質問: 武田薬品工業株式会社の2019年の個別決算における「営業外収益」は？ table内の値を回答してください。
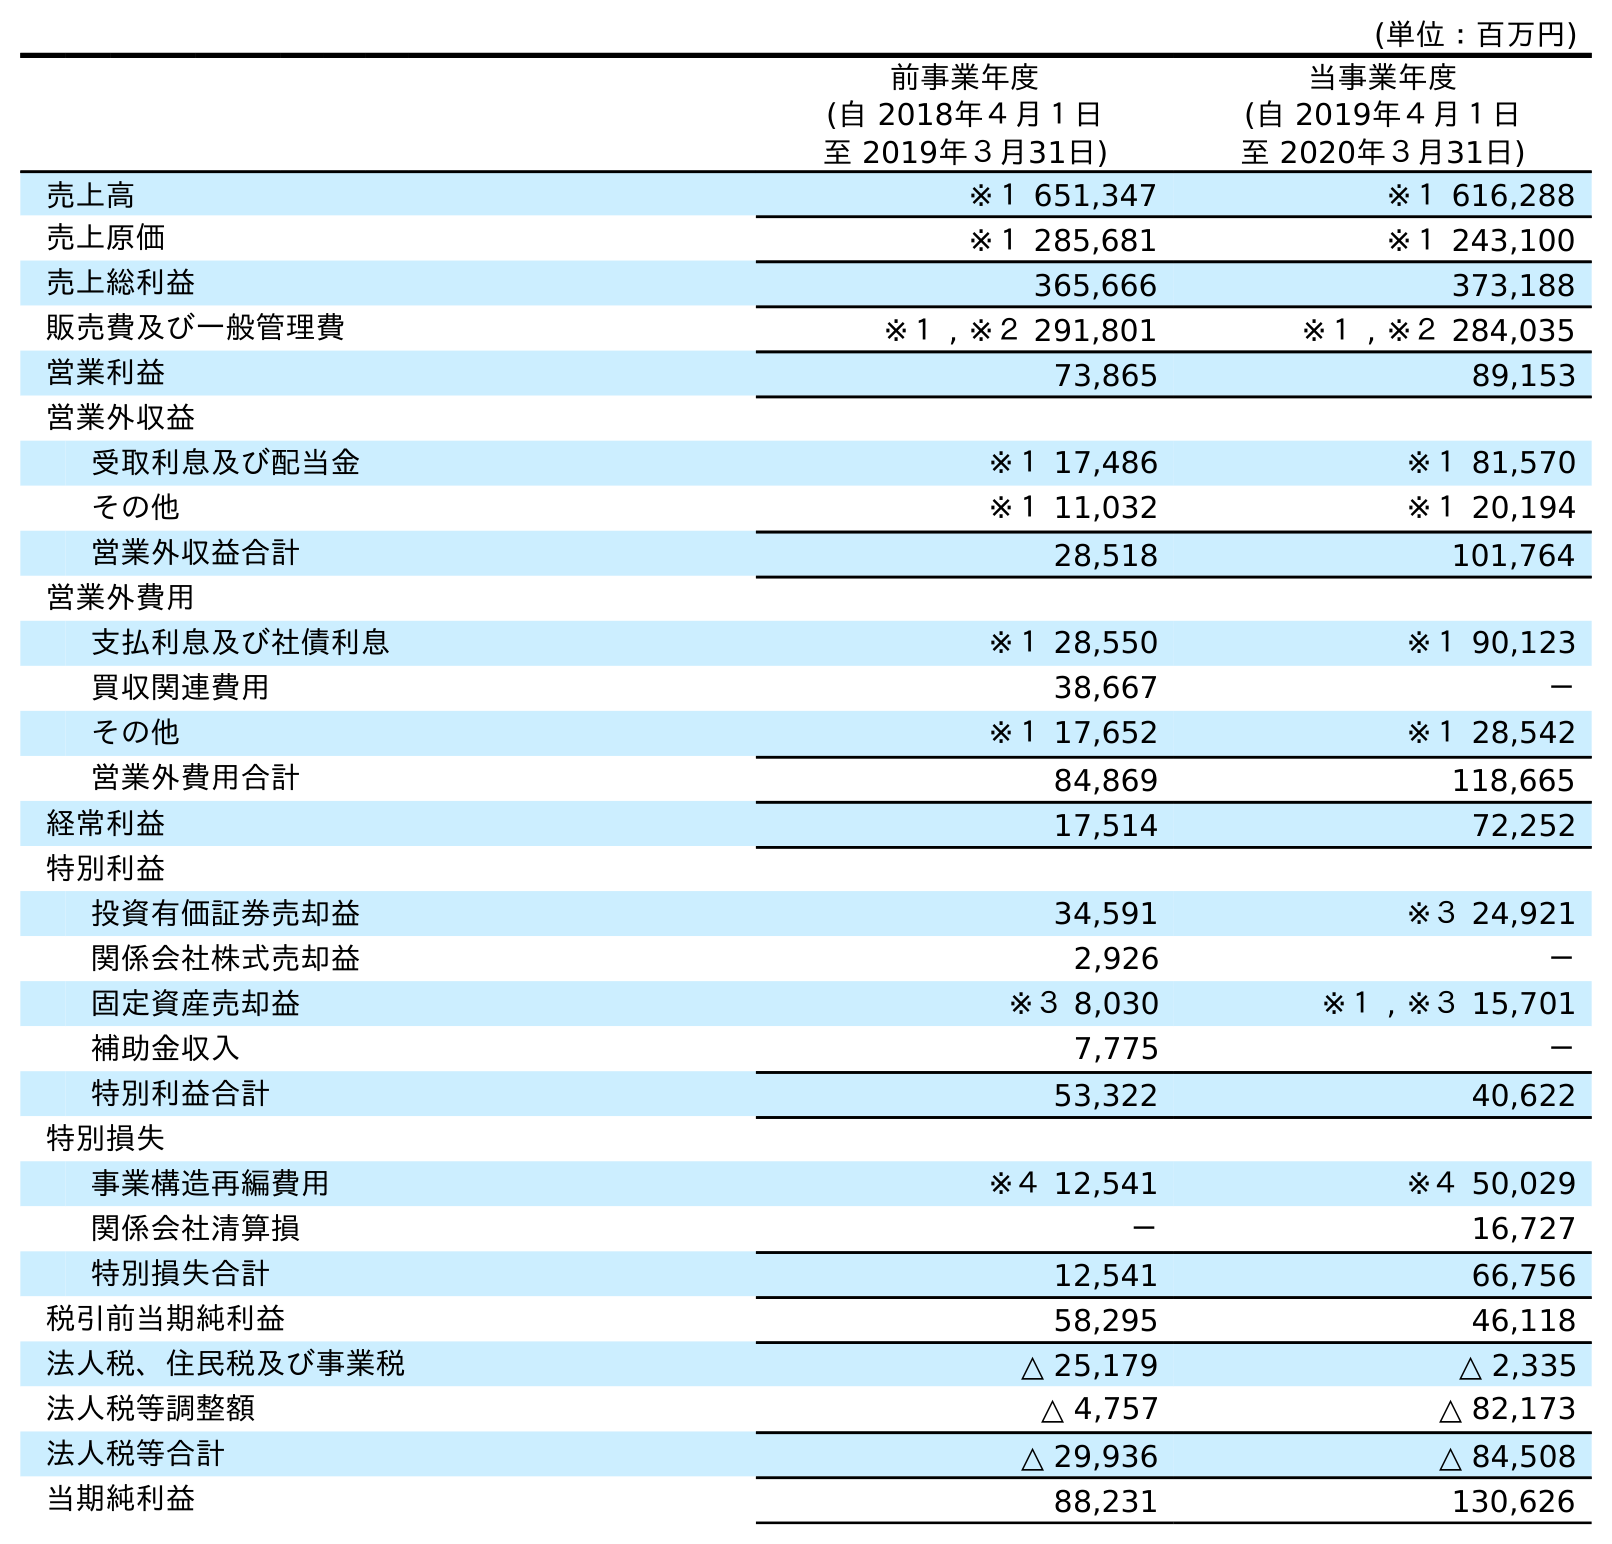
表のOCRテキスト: (単位：百万円) 前事業年度 (自 2018年４月１日 至 2019年３月31日) 当事業年度 (自 2019年４月１日 至 2020年３月31日) 売上高 ※１ 651,347 ※１ 616,288 売上原価 ※１ 285,681 ※１ 243,100 売上総利益 365,666 373,188 販売費及び一般管理費 ※１ , ※２ 291,801 ※１ , ※２ 284,035 営業利益 73,865 89,153 営業外収益 受取利息及び配当金 ※１ 17,486 ※１ 81,570 その他 ※１ 11,032 ※１ 20,194 営業外収益合計 28,518 101,764 営業外費用 支払利息及び社債利息 ※１ 28,550 ※１ 90,123 買収関連費用 38,667 － その他 ※１ 17,652 ※１ 28,542 営業外費用合計 84,869 118,665 経常利益 17,514 72,252 特別利益 投資有価証券売却益 34,591 ※３ 24,921 関係会社株式売却益 2,926 － 固定資産売却益 ※３ 8,030 ※１ , ※３ 15,701 補助金収入 7,775 － 特別利益合計 53,322 40,622 特別損失 事業構造再編費用 ※４ 12,541 ※４ 50,029 関係会社清算損 － 16,727 特別損失合計 12,541 66,756 税引前当期純利益 58,295 46,118 法人税、住民税及び事業税 △ 25,179 △ 2,335 法人税等調整額 △ 4,757 △ 82,173 法人税等合計 △ 29,936 △ 84,508 当期純利益 88,231 130,626
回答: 28,518